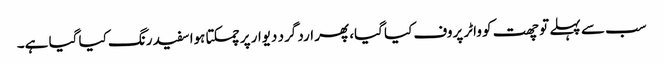
سب سے پہلے تو چھت کو واٹر پروف کیا گیا، پھر ارد گرد دیوار پر چمکتا ہوا سفید رنگ کیا گیا ہے۔